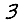
Digit: 3